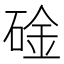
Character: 碒